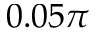
0 . 0 5 \pi